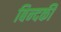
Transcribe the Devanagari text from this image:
बिन्‍दकी